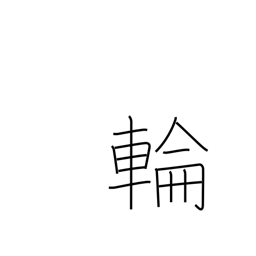
Meaning: circle